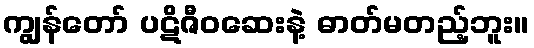
ကျွန်တော် ပဋိဇီဝဆေးနဲ့ ဓာတ်မတည့်ဘူး။